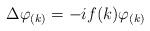
LaTeX: \begin{align*}\Delta\varphi_{(k)}=-if(k)\varphi_{(k)}\end{align*}